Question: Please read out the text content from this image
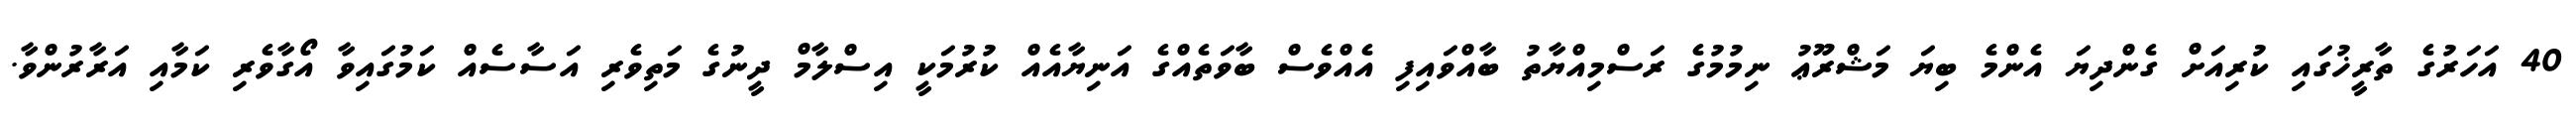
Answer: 40 އަހަރުގެ ތާރީޚުގައި ކުރިއަށް ގެންދިޔަ އެންމެ ބިޔަ މަޝްރޫޢު ނިމުމުގެ ރަސްމިއްޔާތު ބާއްވައިފި އެއްވެސް ބާވަތެއްގެ އަނިޔާއެއް ކުރުމަކީ އިސްލާމް ދީނުގެ މަތިވެރި އަސާސެއް ކަމުގައިވާ އޯގާވެރި ކަމާއި އަރާރުންވާ.